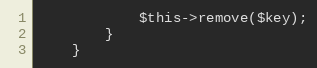
Language: PHP
            $this->remove($key);
        }
    }